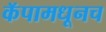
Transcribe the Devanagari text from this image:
कॅपामधूनच